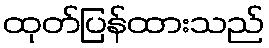
ထုတ်ပြန်ထားသည်